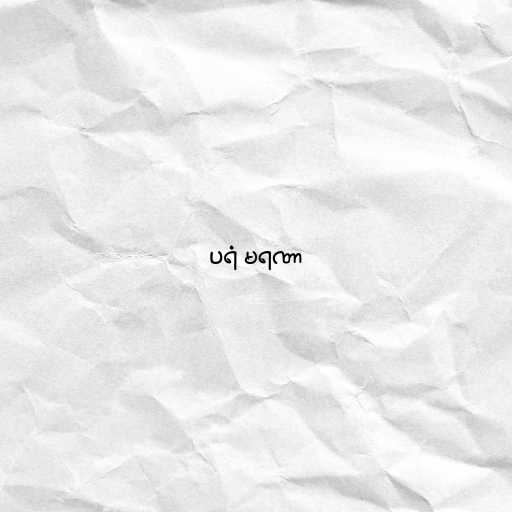
ပရံ မရဏာ